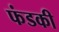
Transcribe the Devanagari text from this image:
फंडकी